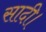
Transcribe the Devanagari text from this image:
सादी।